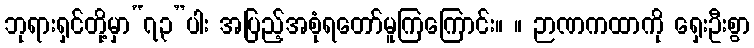
ဘုရားရှင်တို့မှာ“၇၃”ပါး အပြည့်အစုံရတော်မူကြကြောင်း။ ။ ဉာဏကထာကို ရှေးဦးစွာ